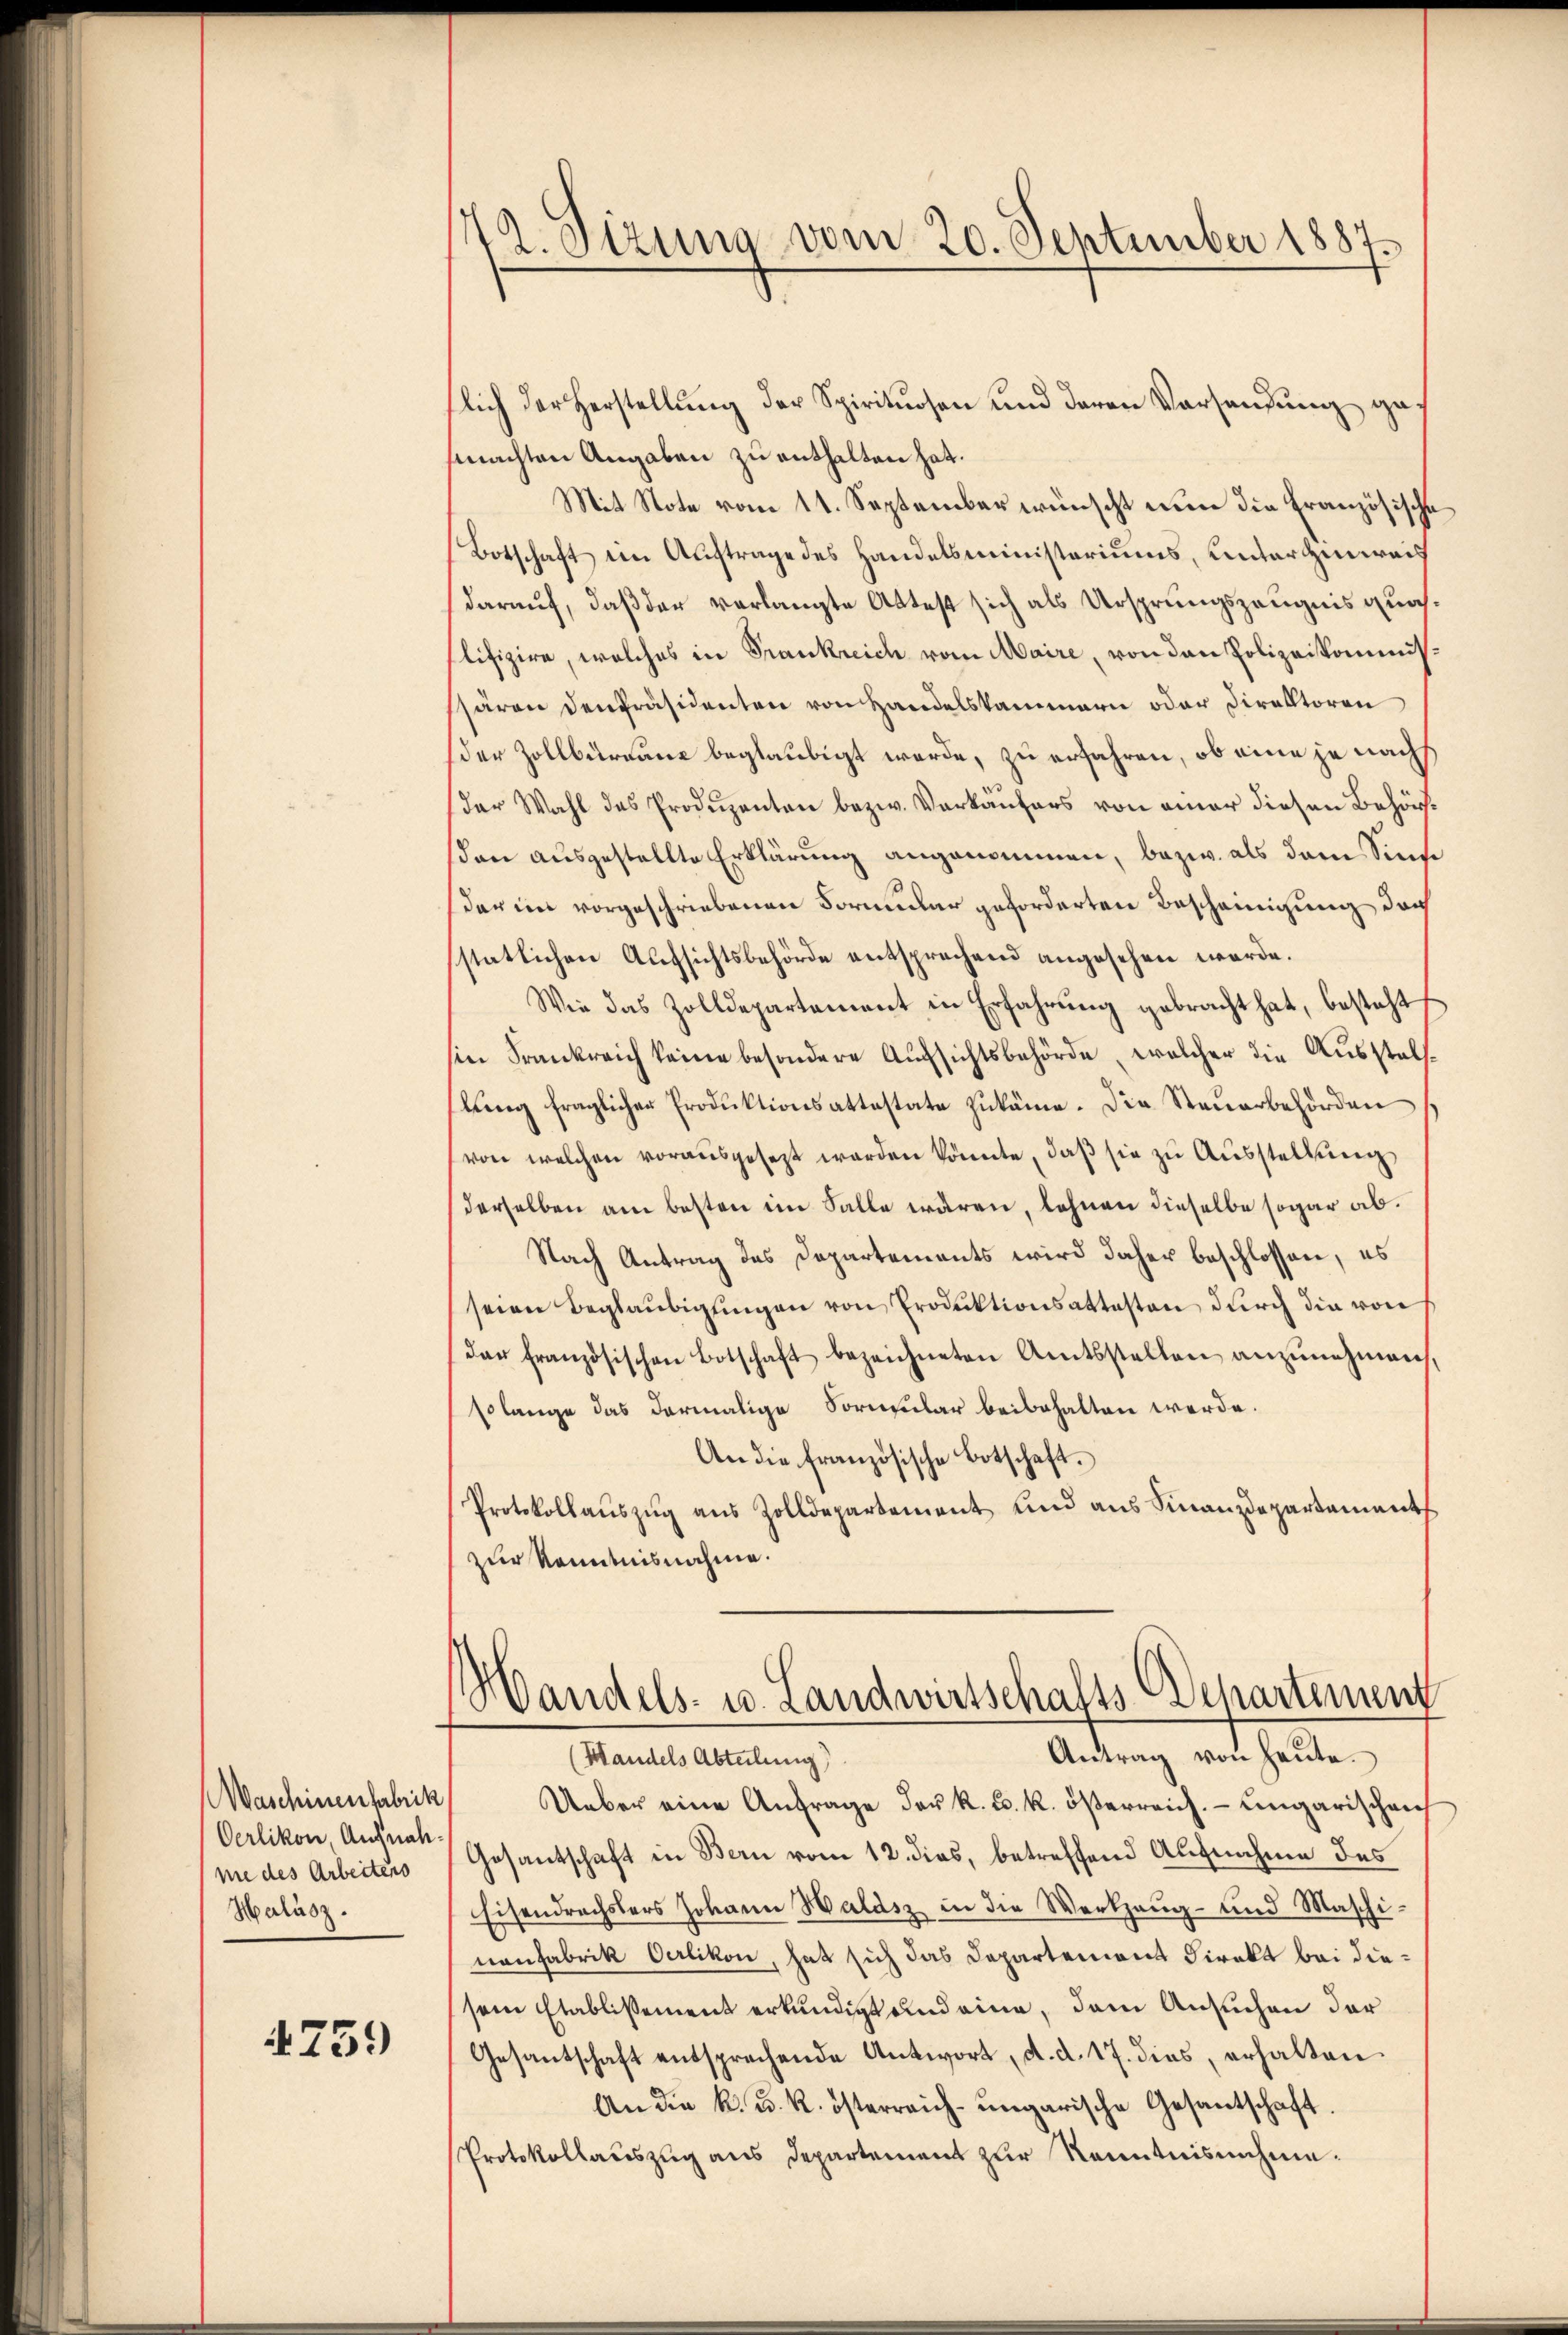
Waschinenfabrik
Oerlikon, Aufnah
ne des Arbeitens
Halász.

759

72. Sizung vom 20. September 1887.

lich der Herstellung der Spirituosen und deren Vorsendung ga
machten Angaben zu enthalten hat.
Mit Note vom 11. September wünscht nun die Französische
Botschaft im Auftrage des Handelsministeriums, unterzinweis
darauf, daß der vorlangte Attest sich als Ursprungszeugnis quaslifizire, welches in Frankreich vom Maire, von den Polizeikommissären den Präsidenten von Handelskammern oder Direktoren
der Zollbürgane beglaubigt werde, zu erfahren, ob eine je nachs
der Wahl des Prodŭzanton bezw. Verkäŭfers von amer diesen Behörßon ausgestellte Erklärung angenommen, bezw. als dem Sinne
der in vorgeschriebenen Formular geforderten Bescheinigung doch
stätlichen Aufsichtsbehörde entsprechend angesehen werde.
Wie das Zolldepartement in Erfahrung gebracht hat, besteht
sin Frankreich keine besondere Aufsichtsbehörde, welcher die Ausstellŭng fraglicher Produktionsattestate zukäme. Die Steuerbehörden
von welchen vorausgesezt werden könnte, daβ sie zŭ Aŭsstellŭng
derselben am besten im Falle wären, lehnen dieselbe sogar ab¬
Nach Antrag des Departements wird daher beschlossen, es
seien Beglaubigungen von Produktionsattesten durch die von
das französischen Botschaft bezeichneten Amtsstellen anzŭnehmen,
solange das darmalige Formular beibehalten werde.
An die französische Botschaft.
Protokollauszug aus Zolldepartement und aus Finanzdepartements
zur Kenntnisnahme.
Handels- u. Landwirtschalts Departement
Antrag von heŭte.
(Handels Abteilung
Ueber eine Anfrage der R. u. k. österreich. ungarischen
Gesantschaft in Bern vom 12. dies, betreffend Aufnahme des
Eisendrechslers Johann Haldiz in die Werkzeug- und Maschi-
nanfabrik Oerlikon, hat sich das Departement Direkt bei diesein Etablissement erkundigt und eine, dem Ansuchen der
Gesantschaft entsprechende Antwort, d. d. 17. dies, erhalten
An die k. u. k. österreich-ungarische Gesantschaft.
Protokollauszug aus Departement zur Kenntnisnehme.